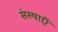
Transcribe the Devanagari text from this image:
संस्थाऍं